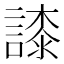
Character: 䜉